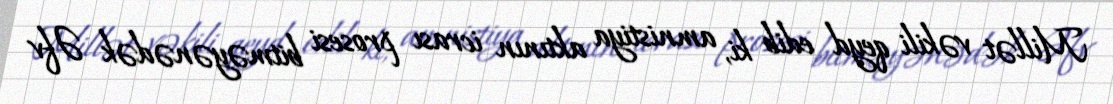
Millət vəkili qeyd edib ki, amnistiya aktının icrası prosesi bitməyənədək Əfv